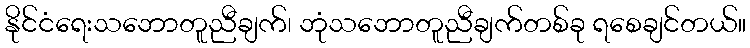
နိုင်ငံရေးသဘောတူညီချက်၊ ဘုံသဘောတူညီချက်တစ်ခု ရစေချင်တယ်။